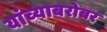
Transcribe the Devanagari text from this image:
यांच्‍याबरोबर